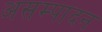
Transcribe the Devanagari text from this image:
असम्पादन